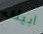
ابيك